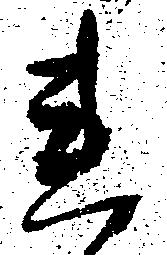
連